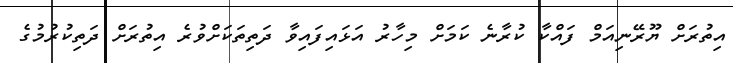
އިތުރަށް ޔޫރޭނިއަމް ފައްކާ ކުރާނެ ކަމަށް މިހާރު އަޅައިފައިވާ ދަތިތަކަށްވުރެ އިތުރަށް ދަތިކުރުމުގެ